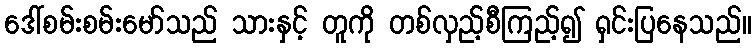
ဒေါ်စမ်းစမ်းမော်သည် သားနှင့် တူကို တစ်လှည့်စီကြည့်၍ ရှင်းပြနေသည်။